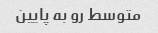
متوسط رو به پایین